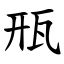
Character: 㼛